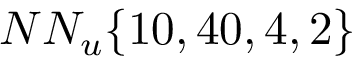
N N _ { u } \{ 1 0 , 4 0 , 4 , 2 \}